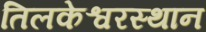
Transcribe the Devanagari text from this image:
तिलकेश्वरस्थान